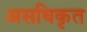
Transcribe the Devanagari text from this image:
असधिकृत